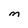
Character: M